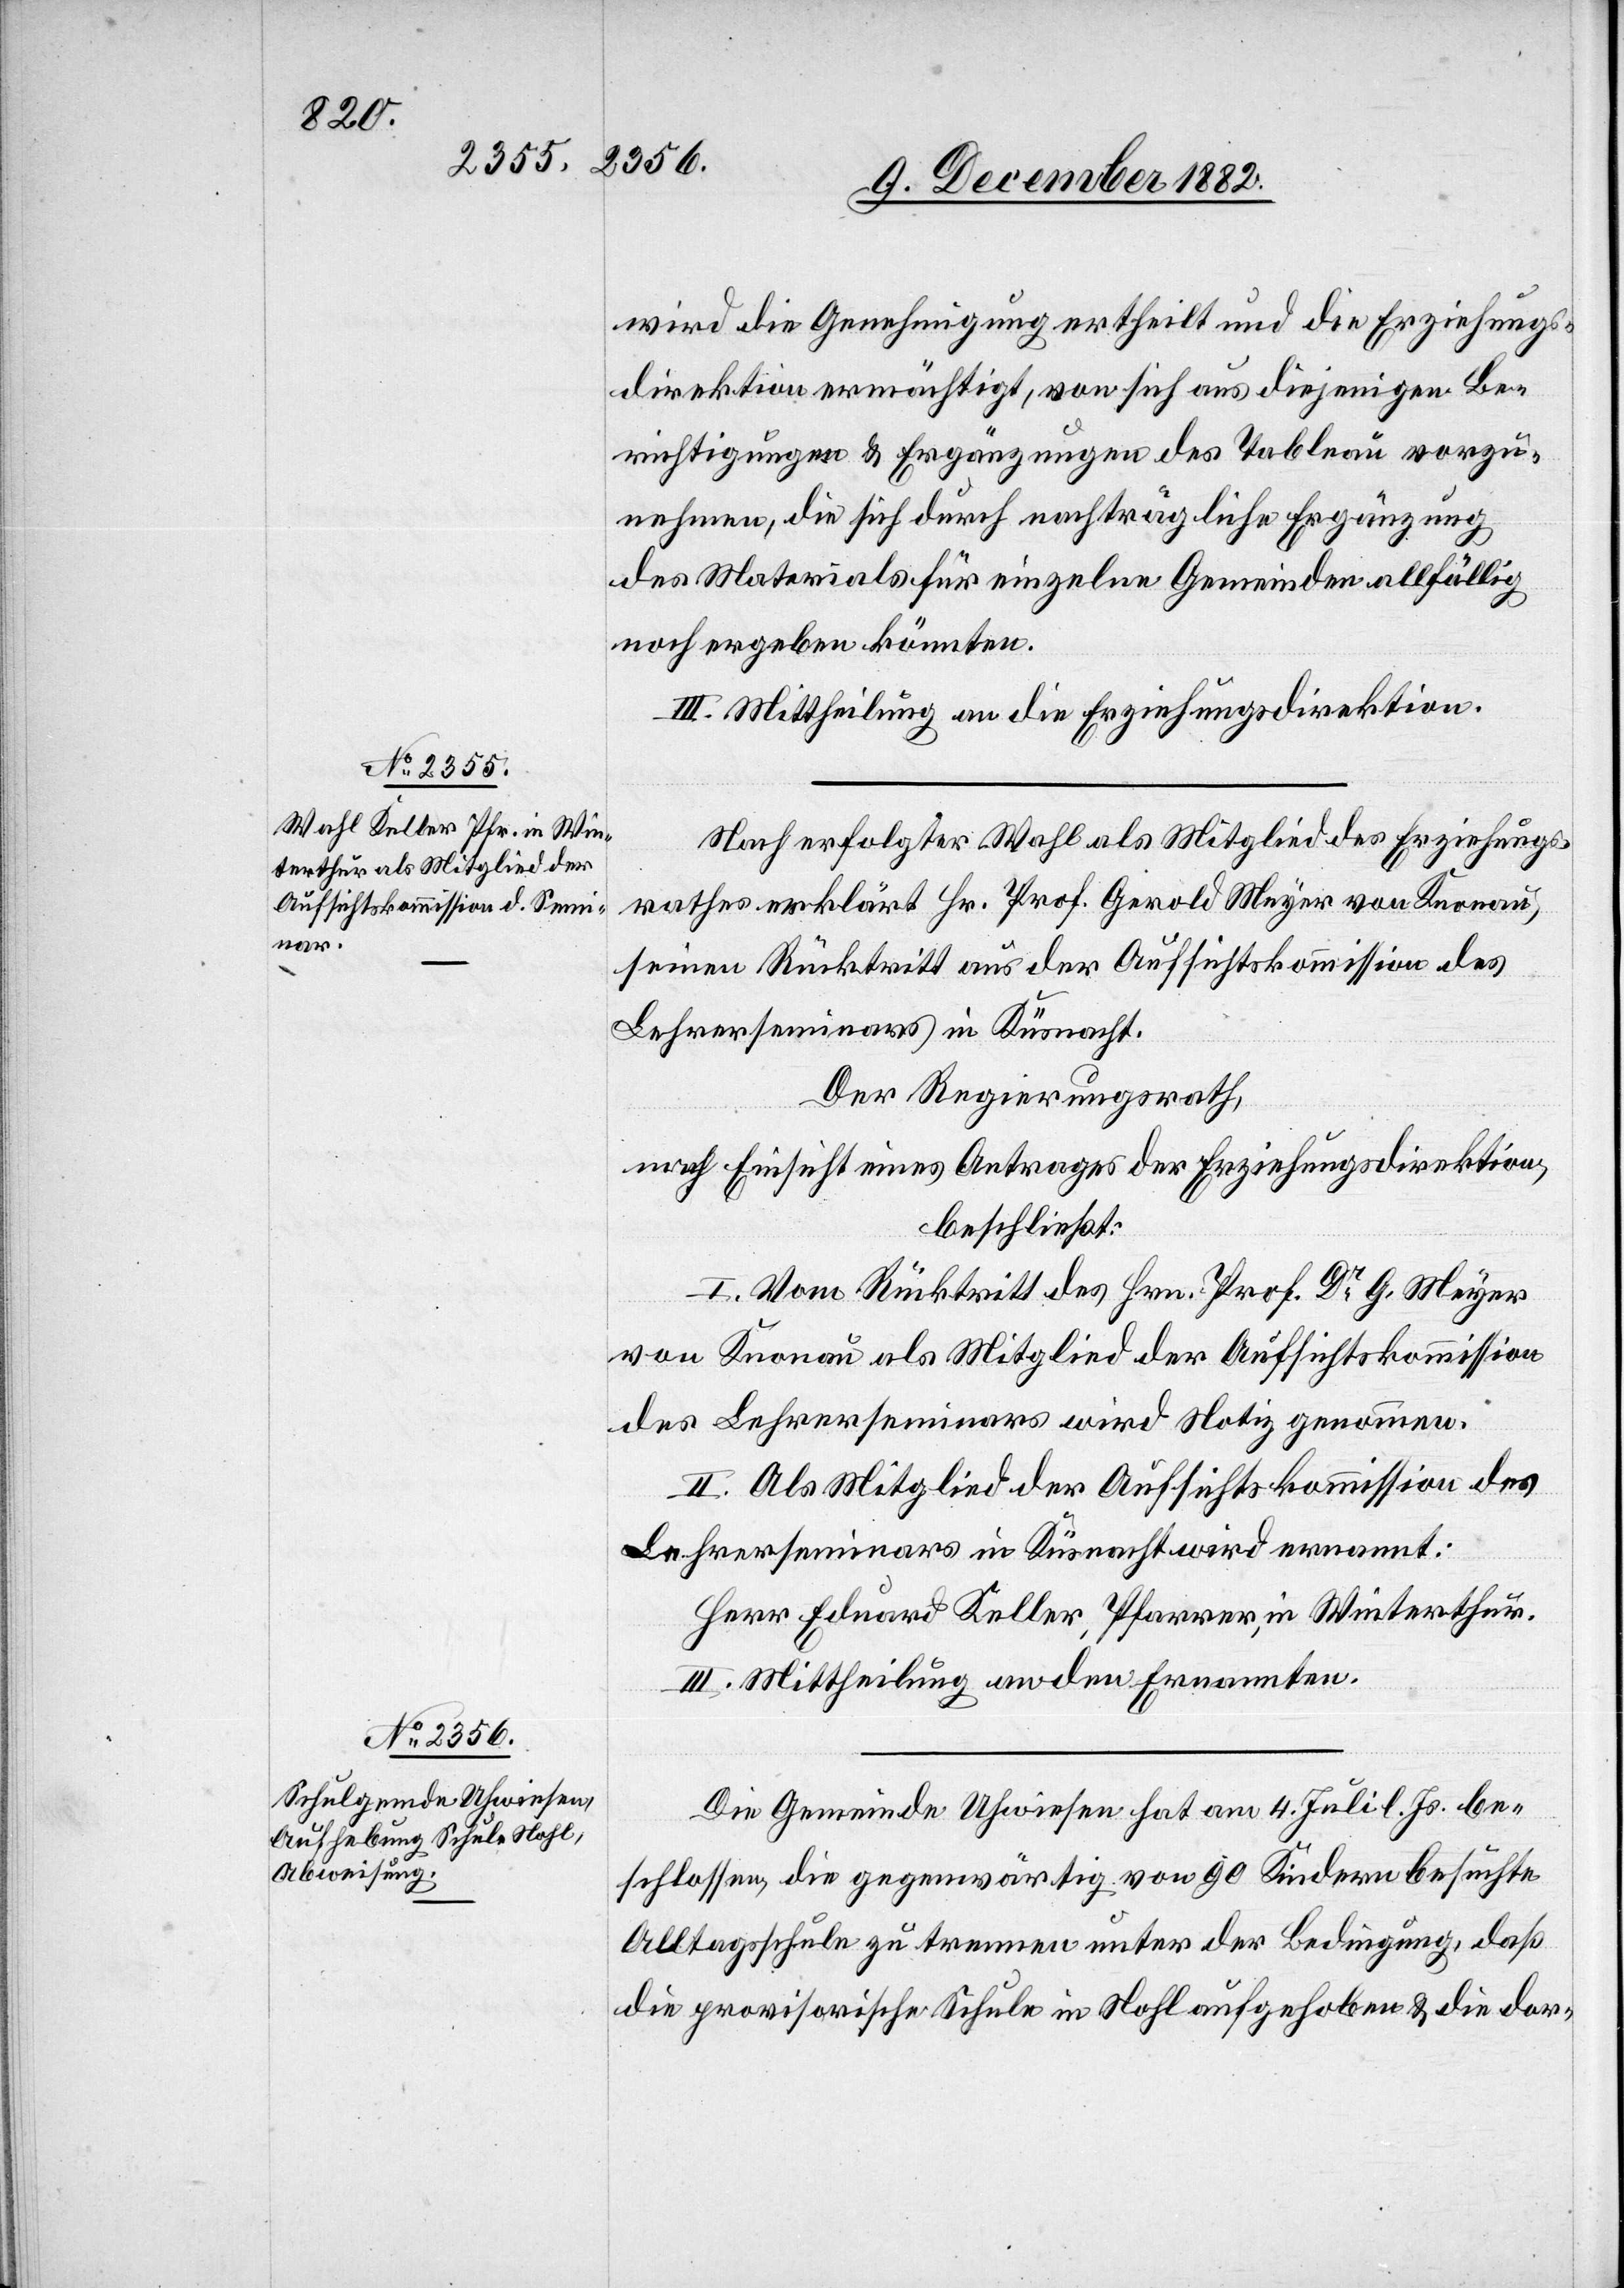
wird die Genehmigung ertheilt und die Erziehungs¬
direktion ermächtigt, von sich aus diejenigen Be¬
richtigungen & Ergänzungen des Tableau vorzu¬
nehmen, die sich durch nachträgliche Ergänzung
des Materials für einzelne Gemeinden allfällig
noch ergeben könnten.
III. Mittheilung an die Erziehungsdirektion.
Nach erfolgter Wahl als Mitglied des Erziehungs¬
rathes erklärt Hr. Prof. Gerold Meyer von Knonau,
seinen Rücktritt aus der Aufsichtskommission des
Lehrerseminars in Küsnacht.
Der Regierungsrath,
nach Einsicht eines Antrages der Erziehungsdirektion,
beschließt:
I. Vom Rücktritt des Hrn. Prof. Dr G. Meyer
von Knonau als Mitglied der Aufsichtskommission
des Lehrerseminars wird Notiz genommen.
II. Als Mitglied der Aufsichtskommission des
Lehrerseminars in Küsnacht wird ernannt:
Herr Eduard Keller, Pfarrer, in Winterthur.
III. Mittheilung an den Ernannten.
Die Gemeinde Uhwiesen hat am 4. Juli l. Js. be¬
schlossen, die gegenwärtig von 90 Kindern besuchte
Alltagsschule zu trennen unter der Bedingung, daß
die provisorische Schule in Nohl aufgehoben & die dor-